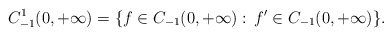
\begin{align*}C_{-1}^1(0,+\infty) = \{ f\in C_{-1}(0,+\infty):\, f^\prime \in C_{-1}(0,+\infty) \}.\end{align*}